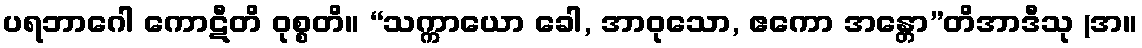
ပရဘာဂေါ ကောဋီတိ ဝုစ္စတိ။ “သက္ကာယော ခေါ, အာဝုသော, ဧကော အန္တော”တိအာဒီသု (အ။